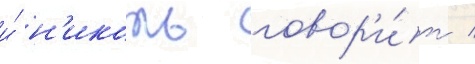
и́ н'иколь говор'и́т /